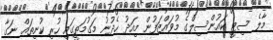
މާލެ ސިޓީ ކައުންސިލްގެ މުވައްޒަފުން މިއަދު ހެދުނު މަގުމަތީގައި ހުރި ކުނިތައް ނަގާ